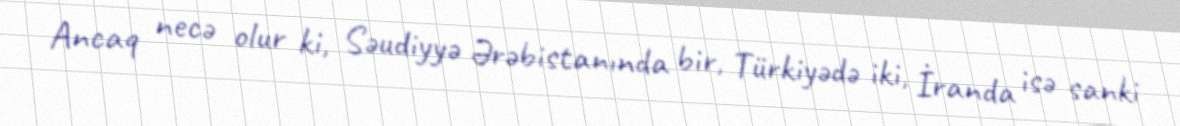
Ancaq necə olur ki, Səudiyyə Ərəbistanında bir, Türkiyədə iki, İranda isə sanki